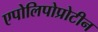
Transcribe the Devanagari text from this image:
एपोलिपोप्रोटीन